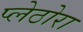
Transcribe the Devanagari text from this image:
प्लेठोरा